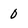
Character: 0